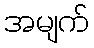
အမျက်